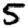
Digit: 5